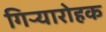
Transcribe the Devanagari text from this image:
गिऱ्यारोहक